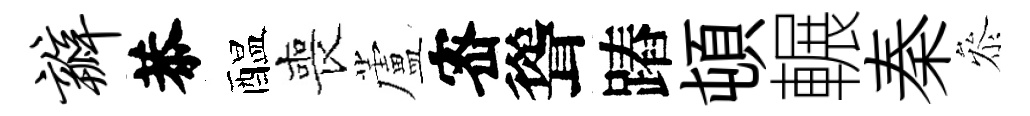
瓣恭醖喪蘆宻聳蹖頓輾秦叅